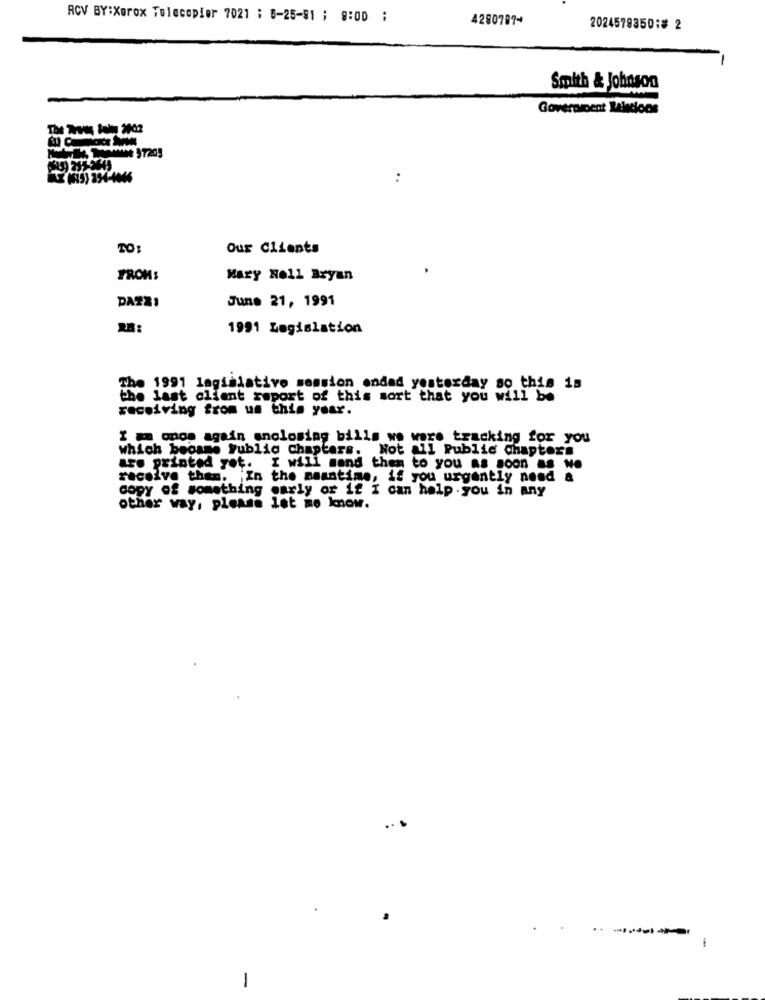
RCV BY:Xerox Telecopier 7021 ; 6-25-81 ; 9:00 ;
42807874
2024579350:# 2
Smith & Johnson
Government Lalecloos
:
TO:
Our Clients
FROM:
Mary Noll Bryan
June 21, 1991
DAZZI
1991 Legislation
The 1991 legislative session ended yesterday so this is
the last client report of this sort that you will be
receiving from us this year.
I am onos again enclosing bills we were tracking for you
which became Public chapters. Not all Public chapters
are printed yot. I will sand then to you as soon as we
receive them. ; In the meantime, if you urgently need &
copy of something early or if I can help.you in Any
other way, please let me know.
---
-
-